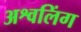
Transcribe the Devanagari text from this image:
अश्वलिंग